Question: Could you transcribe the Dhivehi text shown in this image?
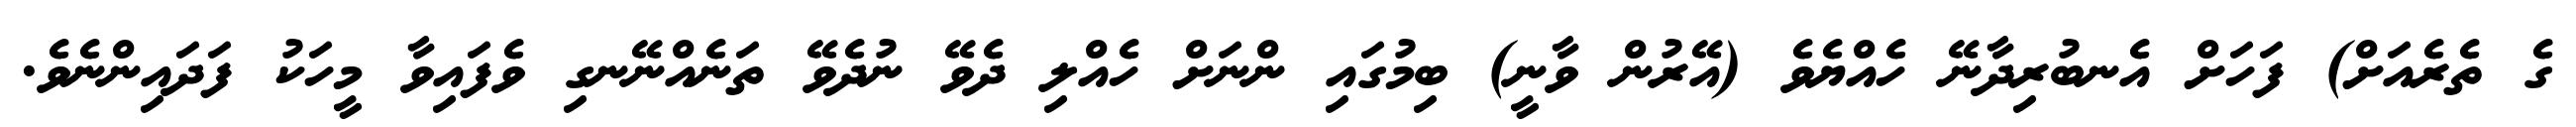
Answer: ގެ ތެރެއަށް) ފަހަށް އެނބުރިދާނޭ ހެއްޔެވެ (އޭރުން ވާނީ) ބިމުގައި ންނަށް ހެއްލި ދެވޭ ނުދެވޭ ތަނެއްނޭނގި ވެފައިވާ މީހަކު ފަދައިންނެވެ.